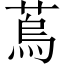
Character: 𦶀